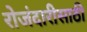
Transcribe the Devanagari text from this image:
रोजंदारीसाठी